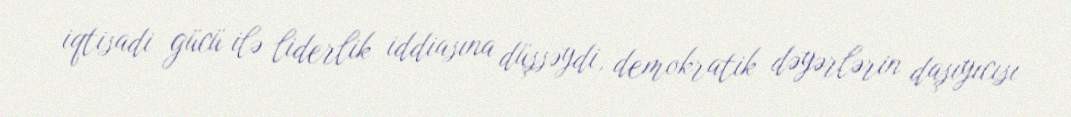
iqtisadi gücü ilə liderlik iddiasına düşsəydi, demokratik dəyərlərin daşıyıcısı